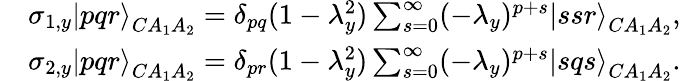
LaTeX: \begin{array}{rl}&{\sigma_{1,y}\left|pqr\right>_{CA_{1}A_{2}}=\delta_{pq}(1-\lambda_{y}^{2})\sum_{s=0}^{\infty}(-\lambda_{y})^{p+s}\left|ssr\right>_{CA_{1}A_{2}},}\\ &{\sigma_{2,y}\left|pqr\right>_{CA_{1}A_{2}}=\delta_{pr}(1-\lambda_{y}^{2})\sum_{s=0}^{\infty}(-\lambda_{y})^{p+s}\left|sqs\right>_{CA_{1}A_{2}}.}\end{array}